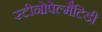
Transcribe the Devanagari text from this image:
स्टीनोपेल्मैटिडी